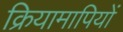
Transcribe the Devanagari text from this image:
क्रियामापियों